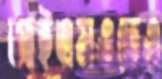
আইএমওতেও